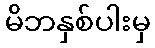
မိဘနှစ်ပါးမှ